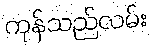
ကုန်သည်လမ်း